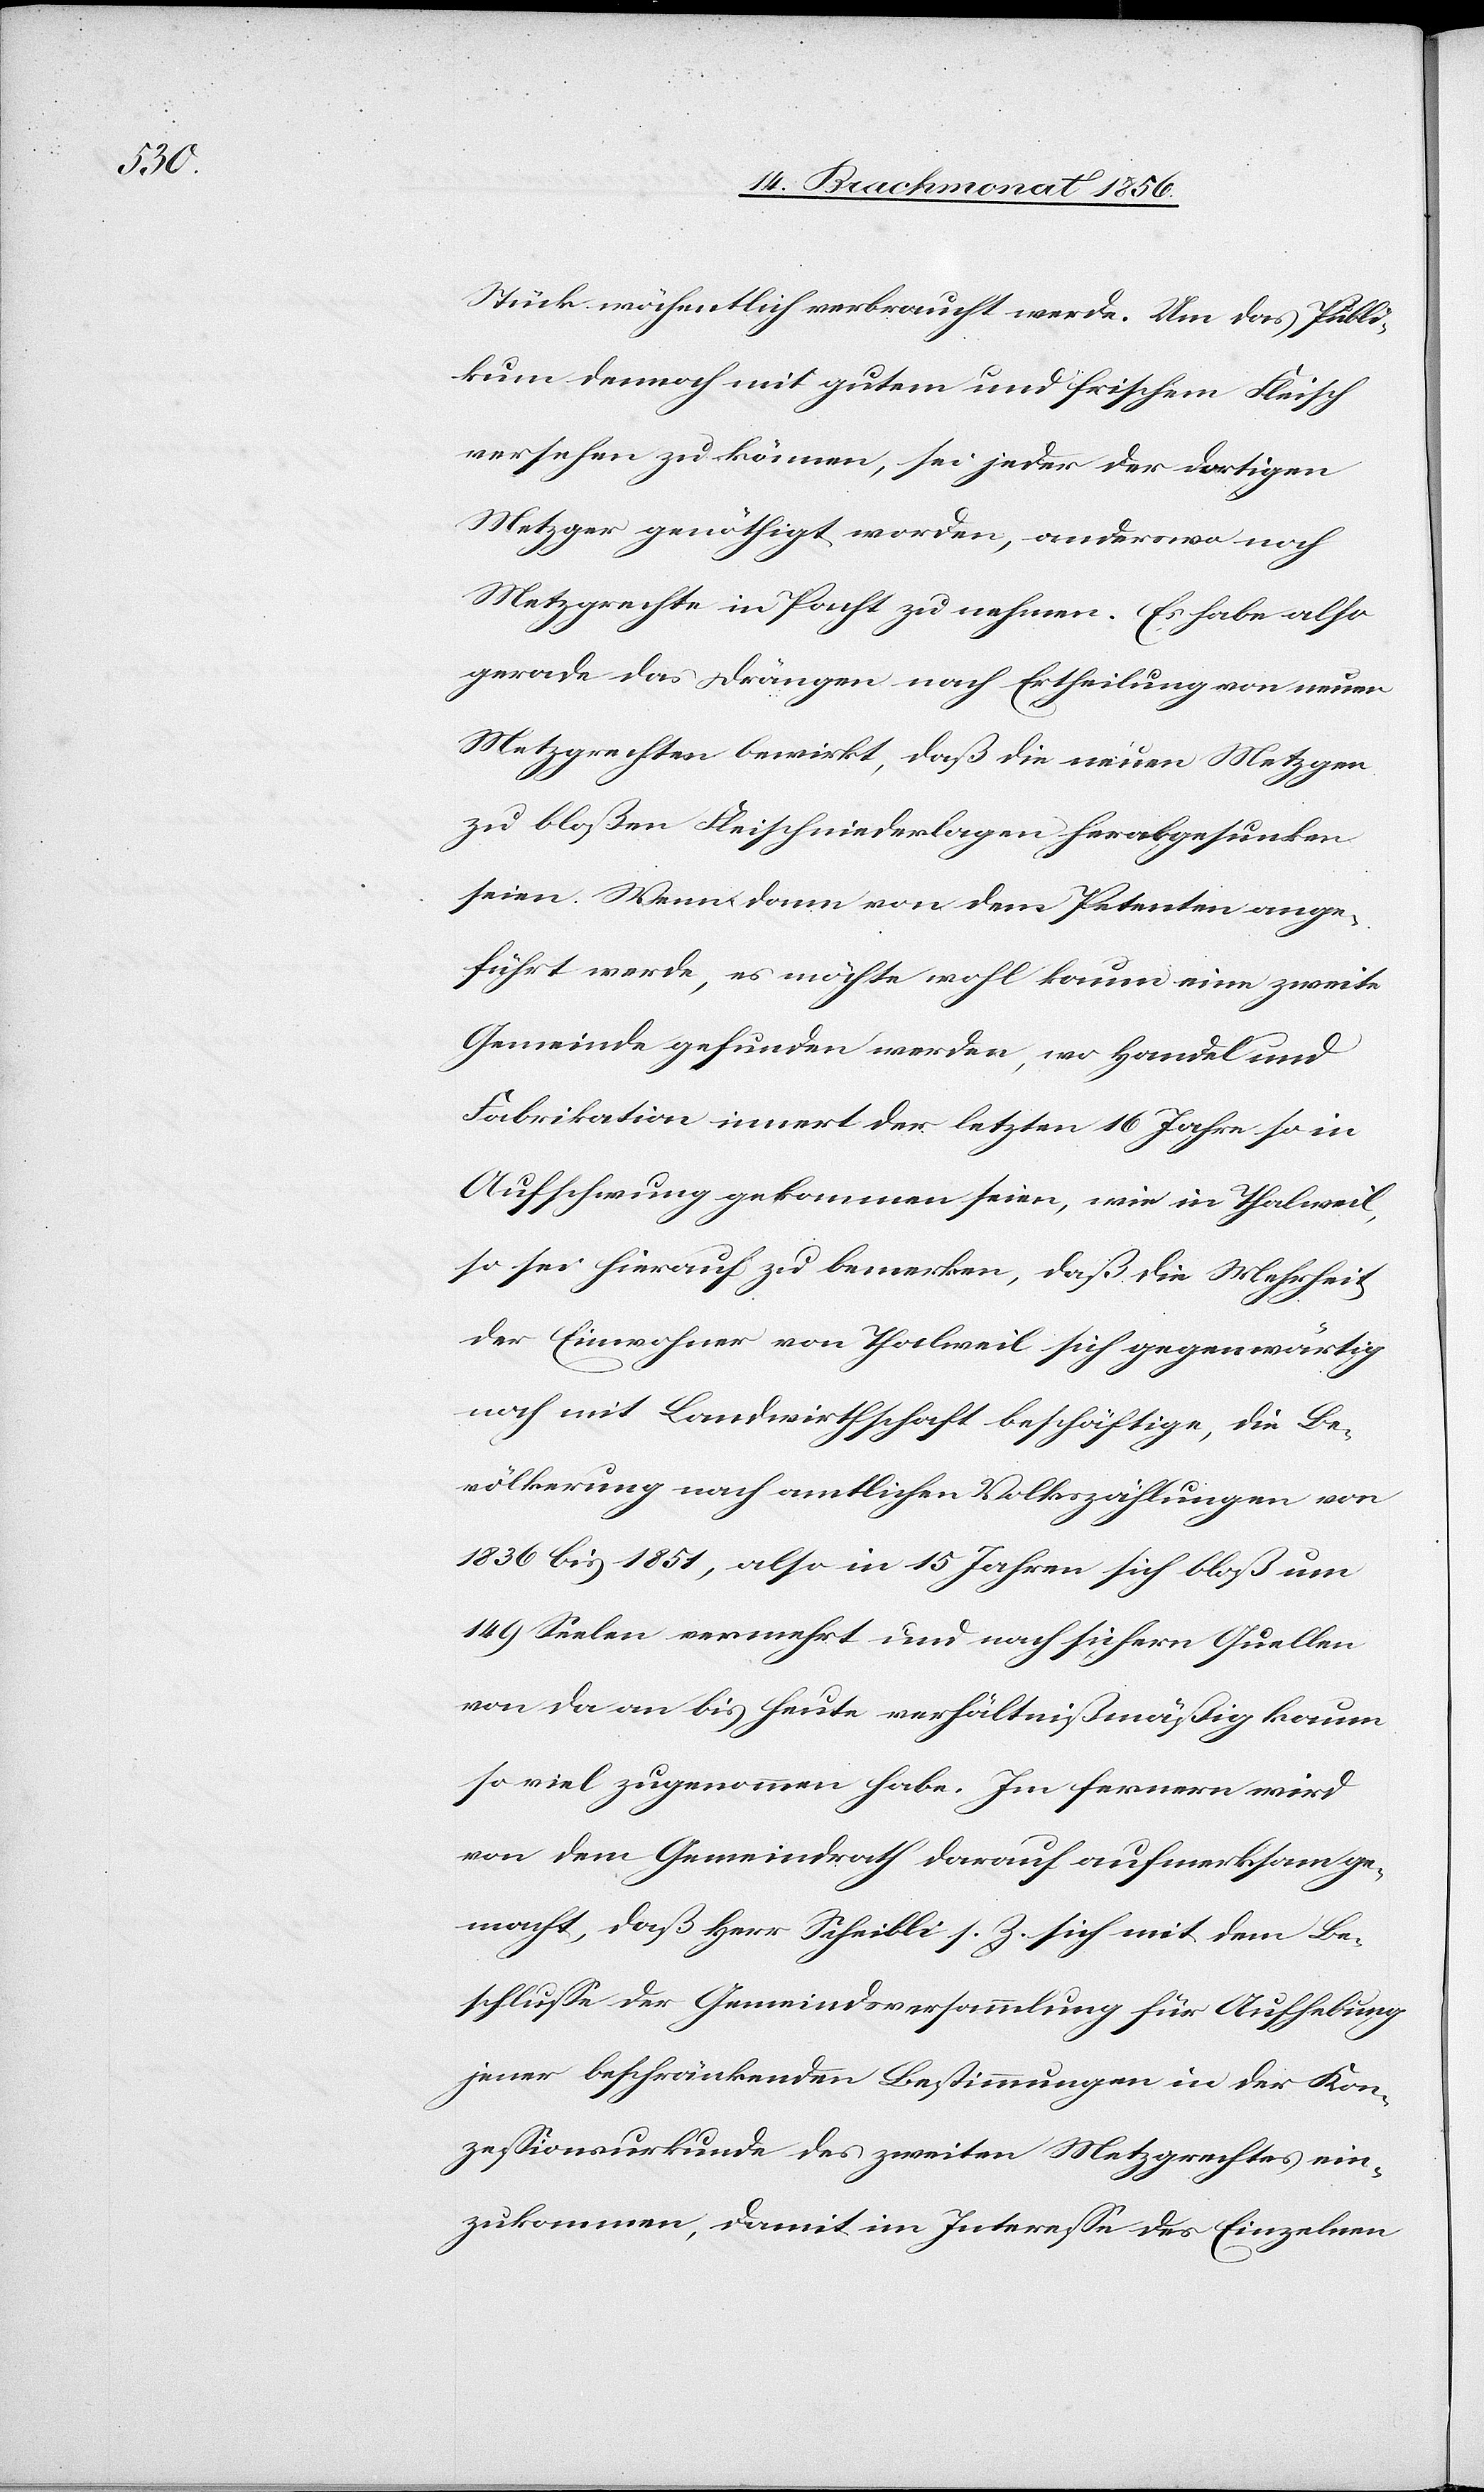
Stück wöchentlich verbraucht werde. Um das Publi¬
kum dennoch mit gutem und frischem Fleisch
versehen zu können, sei jeder der dortigen
Metzger genöthigt worden, anderswo noch
Metzgrechte in Pacht zu nehmen. Es habe also
gerade das Drängen nach Ertheilung von neuen
Metzgrechten bewirkt, daß die neuen Metzgen
zu bloßen Fleischniederlagen herabgesunken
seien. Wenn dann von dem Petenten ange¬
führt werde, es möchte wohl kaum eine zweite
Gemeinde gefunden werden, wo Handel und
Fabrikation innert der letzten 16 Jahre so in
Aufschwung gekommen seien, wie in Thalweil,
so sei hierauf zu bemerken, daß die Mehrheit
der Einwohner von Thalweil sich gegenwärtig
noch mit Landwirthschaft beschäftige, die Be¬
völkerung nach amtlichen Volkszählungen von
1836 bis 1851, also in 15 Jahren sich bloß um
149 Seelen vermehrt und nach sichern Quellen
von da an bis heute verhältnißmäßig kaum
so viel zugenommen habe. Im fernern wird
von dem Gemeinderath darauf aufmerksam ge¬
macht, daß Herr Scheibli s. Z. sich mit dem Be¬
schlusse der Gemeindsversammlung für Aufhebung
jener beschränkenden Bestimmungen in der Kon¬
zessionsurkunde des zweiten Metzgrechtes ein¬
zukommen, damit im Interesse des Einzelnen